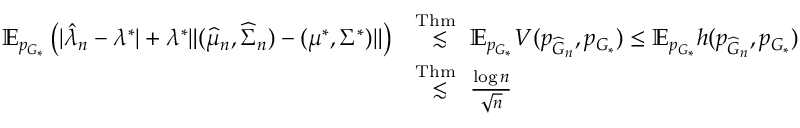
\begin{array} { r l } { \mathbb { E } _ { p _ { G _ { * } } } \left( | \hat { \lambda } _ { n } - \lambda ^ { * } | + \lambda ^ { * } \| ( \widehat { \mu } _ { n } , \widehat { \Sigma } _ { n } ) - ( \mu ^ { * } , \Sigma ^ { * } ) \| \right) } & { \overset { \mathrm { T h m } ~ } { \lesssim } \mathbb { E } _ { p _ { G _ { * } } } V ( p _ { \widehat { G } _ { n } } , p _ { G _ { * } } ) \leq \mathbb { E } _ { p _ { G _ { * } } } h ( p _ { \widehat { G } _ { n } } , p _ { G _ { * } } ) } \\ & { \overset { \mathrm { T h m } ~ } { \lesssim } \frac { \log n } { \sqrt { n } } } \end{array}